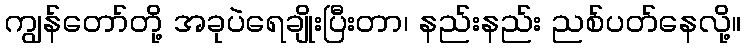
ကျွန်တော်တို့ အခုပဲရေချိုးပြီးတာ၊ နည်းနည်း ညစ်ပတ်နေလို့။